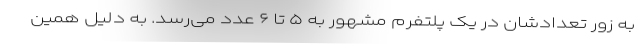
به زور تعدادشان در یک پلتفرم مشهور به ۵ تا ۶ عدد می‌رسد. به دلیل همین